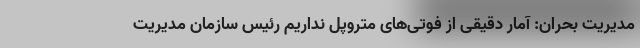
مدیریت بحران: آمار دقیقی از فوتی‌های متروپل نداریم رئیس سازمان مدیریت